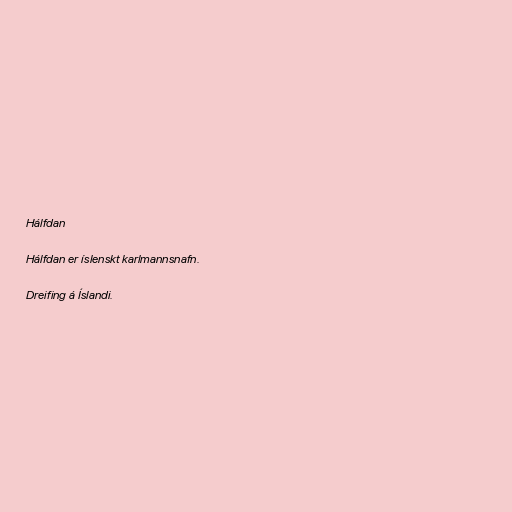
Hálfdan

Hálfdan er íslenskt karlmannsnafn.

Dreifing á Íslandi.